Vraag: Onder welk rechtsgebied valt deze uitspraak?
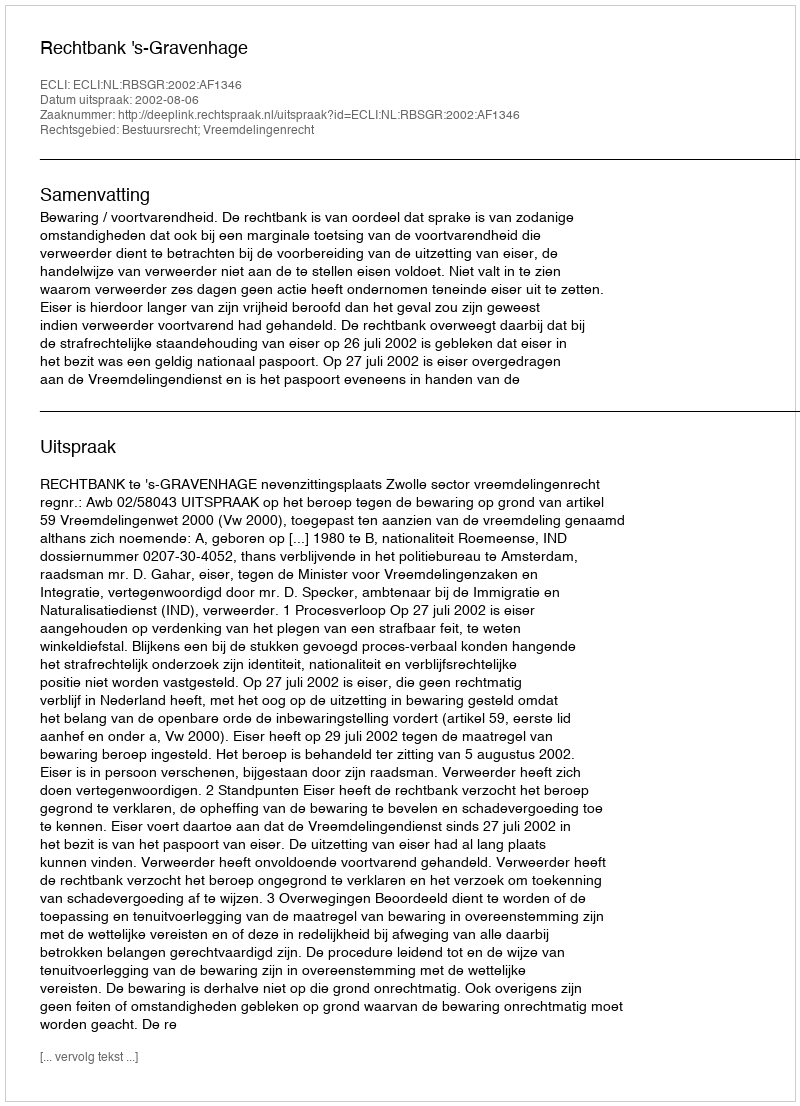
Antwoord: Bestuursrecht; Vreemdelingenrecht